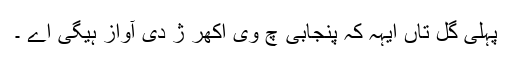
پہلی گل تاں ایہہ کہ پنجابی چ وی اکھر ژ دی آواز ہیگی اے ۔